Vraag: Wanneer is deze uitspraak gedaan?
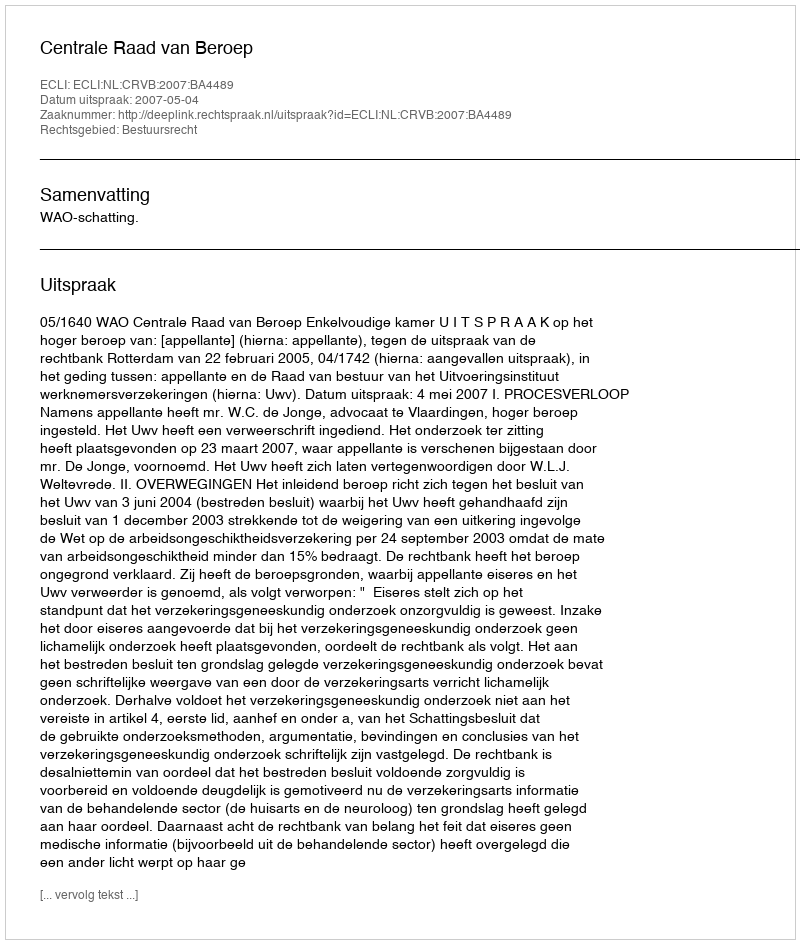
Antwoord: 2007-05-04